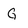
Character: G